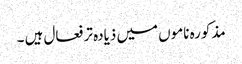
مذکورہ ناموں میں ذیادہ تر فعال ہیں ۔